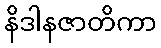
နိဒါနဇာတိကာ